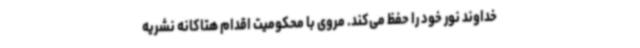
خداوند نور خود را حفظ می‌کند. مروی با محکومیت اقدام هتاکانه نشریه